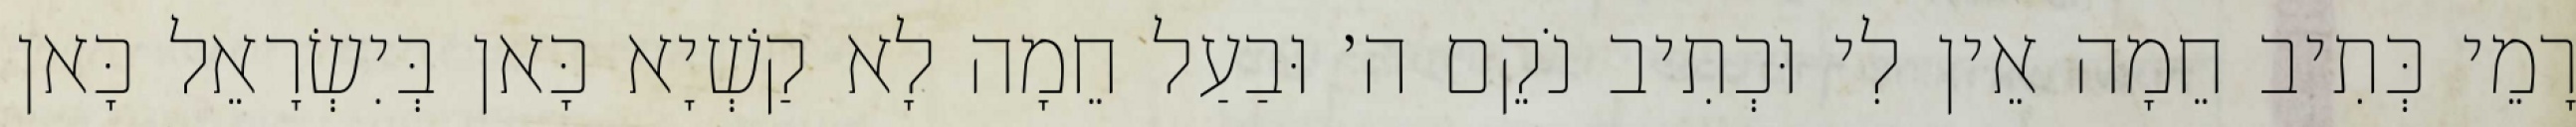
רָמֵי כְּתִיב חֵמָה אֵין לִי וּכְתִיב נֹקֵם ה׳ וּבַעַל חֵמָה לָא קַשְׁיָא כָּאן בְּיִשְׂרָאֵל כָּאן